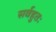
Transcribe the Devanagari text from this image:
सर्वहुतः